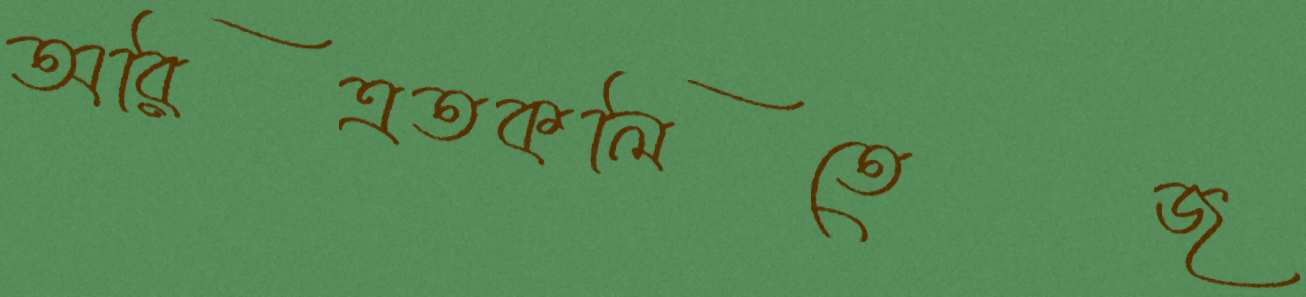
অরিত্রতকলিতেজ